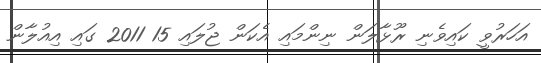
އަހަރުވީ ކައިވެނި ރޫޅާލަން ނިންމައި އެކަން ޖުލައި 15 2011 ގައި އިއުލާން